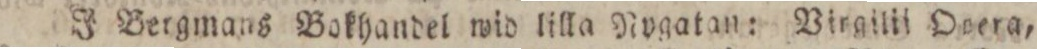
J Bergmans Bokhandel wid lilla Nvgatan: Virgilii Orera,